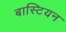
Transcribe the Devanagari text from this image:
बास्टियन